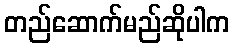
တည်ဆောက်မည်ဆိုပါက